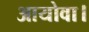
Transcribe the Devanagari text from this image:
आयोवा।